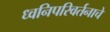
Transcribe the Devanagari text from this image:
ध्वनिपरिवर्तनाचे